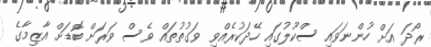
ރޯދަ އަށް ހުންނަވައި ސްކޫލުގައި ހޭދަކުރެއްވި ވަގުތުތައް ވެސް ވަރަށް ބޮޑަށް އާޒިމާގެ